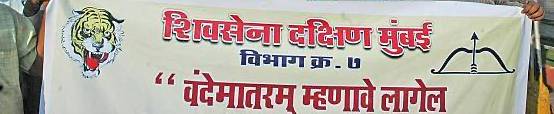
Language: marathi
Transcription: दक्षिण म्हणावे लागेल विभाग क्र. वंदेमातरम् शिवसेना मुंबई